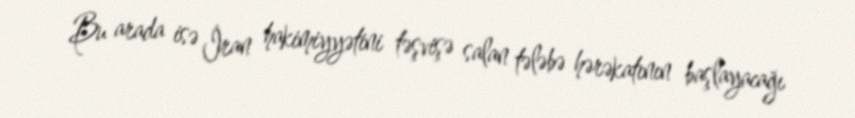
Bu arada isə İran hakimiyyətini təşvişə salan tələbə hərəkatının başlayacağı